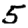
Digit: 5